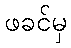
ဖခင်မှ